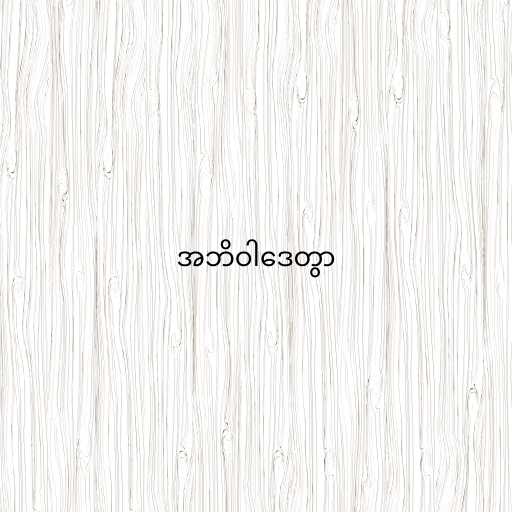
အဘိဝါဒေတွာ